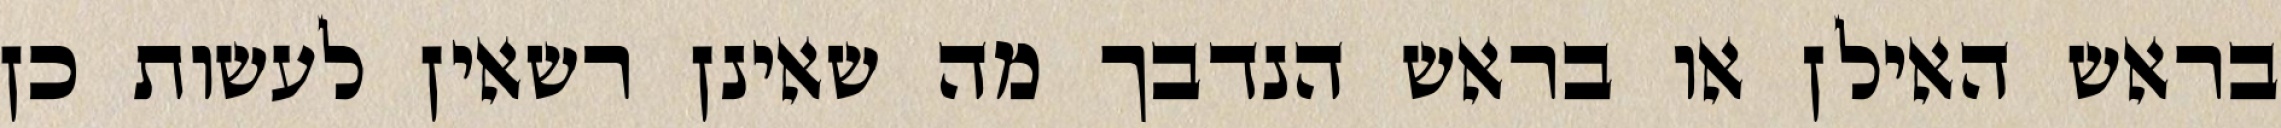
בראש האילן או בראש הנדבך מה שאינן רשאין לעשות כן